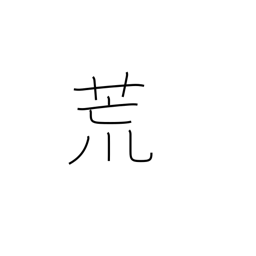
Meaning: laid waste